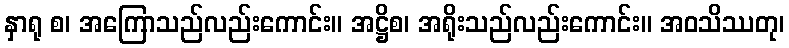
နှာရု စ၊ အကြောသည်လည်းကောင်း။ အဋ္ဌိစ၊ အရိုးသည်လည်းကောင်း။ အဝသိဿတု၊